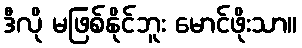
ဒီလို မဖြစ်နိုင်ဘူး မောင်ဖိုးသာ။